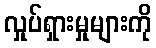
လှုပ်ရှားမှုများကို